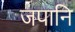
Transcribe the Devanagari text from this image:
जपानि